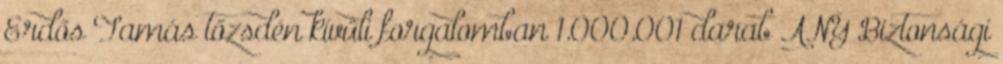
Erdős Tamás tőzsdén kívüli forgalomban 1.000.001 darab ANY Biztonsági